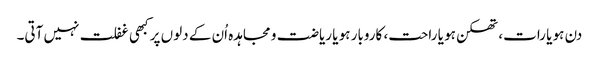
دن ہو یا رات، تھکن ہو یا راحت، کاروبار ہو یا ریاضت و مجاہدہ اُن کے دلوں پر کبھی غفلت نہیں آتی۔